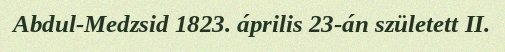
Abdul-Medzsid 1823. április 23-án született II.